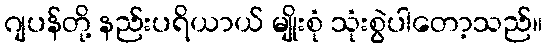
ဂျပန်တို့ နည်းပရိယာယ် မျိုးစုံ သုံးစွဲပါတော့သည်။